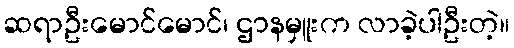
ဆရာဦးမောင်မောင်၊ ဌာနမှူးက လာခဲ့ပါဦးတဲ့။